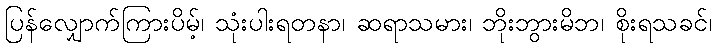
ပြန်လျှောက်ကြားပိမ့်၊ သုံးပါးရတနာ၊ ဆရာသမား၊ ဘိုးဘွားမိဘ၊ စိုးရသခင်၊